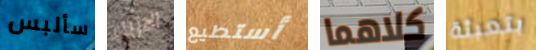
سألبس الازياء أستطيع كلاهما بتعبئة